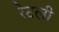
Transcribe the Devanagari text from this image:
रेटली